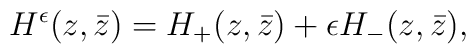
H^\epsilon (z,\bar{z})=H_+(z,\bar{z})+\epsilon H_-(z,\bar{z}),